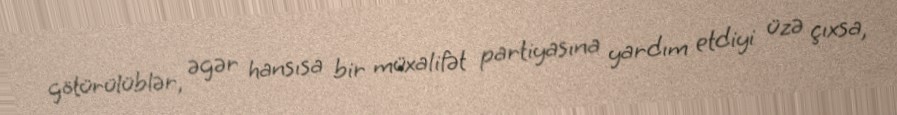
götürülüblər, əgər hansısa bir müxalifət partiyasına yardım etdiyi üzə çıxsa,